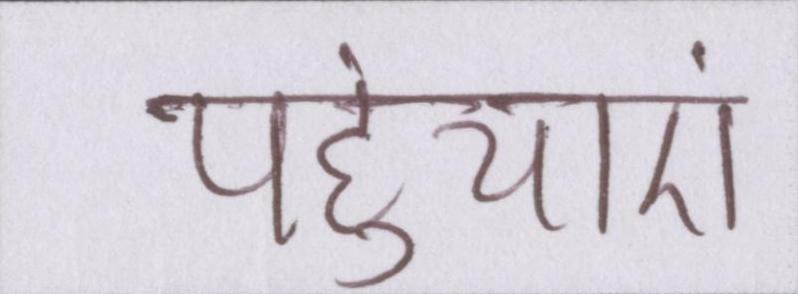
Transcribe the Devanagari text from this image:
पहुंचाएं